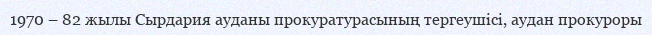
1970 – 82 жылы Сырдария ауданы прокуратурасының тергеушісі, аудан прокуроры